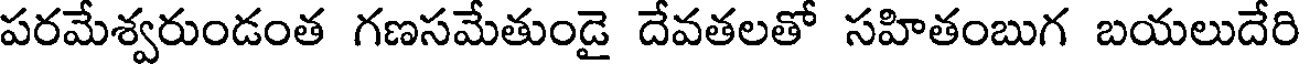
పరమేశ్వరుండంత గణసమేతుండై దేవతలతో సహితంబుగ బయలుదేరి